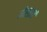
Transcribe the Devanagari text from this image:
गेहराई